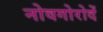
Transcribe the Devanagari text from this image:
नोवगोरोदें